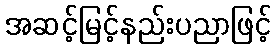
အဆင့်မြင့်နည်းပညာဖြင့်